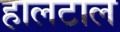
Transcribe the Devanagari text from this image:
हालटाल